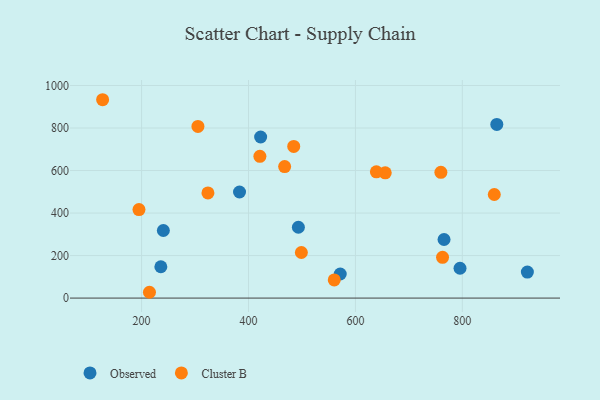
{"axis": {"x": "Ad Spend", "y": "Yield"}, "legend": ["Cluster B", "Observed"], "data": [{"x": "765.8", "y": 275.6, "type": "Observed"}, {"x": "383.2", "y": 499.0, "type": "Observed"}, {"x": "236.0", "y": 147.3, "type": "Observed"}, {"x": "493.3", "y": 333.1, "type": "Observed"}, {"x": "921.7", "y": 122.5, "type": "Observed"}, {"x": "795.7", "y": 140.4, "type": "Observed"}, {"x": "571.6", "y": 113.3, "type": "Observed"}, {"x": "422.7", "y": 757.7, "type": "Observed"}, {"x": "240.7", "y": 317.8, "type": "Observed"}, {"x": "864.5", "y": 817.1, "type": "Observed"}, {"x": "560.4", "y": 85.2, "type": "Cluster B"}, {"x": "421.3", "y": 666.7, "type": "Cluster B"}, {"x": "467.6", "y": 618.5, "type": "Cluster B"}, {"x": "305.4", "y": 807.6, "type": "Cluster B"}, {"x": "214.7", "y": 27.3, "type": "Cluster B"}, {"x": "498.9", "y": 214.3, "type": "Cluster B"}, {"x": "484.6", "y": 713.3, "type": "Cluster B"}, {"x": "859.8", "y": 487.3, "type": "Cluster B"}, {"x": "195.1", "y": 416.2, "type": "Cluster B"}, {"x": "127.1", "y": 933.1, "type": "Cluster B"}, {"x": "759.9", "y": 591.6, "type": "Cluster B"}, {"x": "763.0", "y": 191.5, "type": "Cluster B"}, {"x": "655.8", "y": 589.1, "type": "Cluster B"}, {"x": "324.1", "y": 494.8, "type": "Cluster B"}, {"x": "639.2", "y": 593.7, "type": "Cluster B"}]}